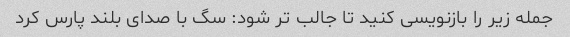
جمله زیر را بازنویسی کنید تا جالب تر شود: سگ با صدای بلند پارس کرد